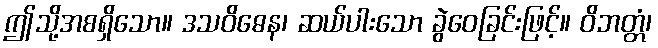
ဤသို့အစရှိသော။ ဒသဝိဓေန၊ ဆယ်ပါးသော ခွဲဝေခြင်းဖြင့်။ ဝိဘတ္တံ၊